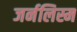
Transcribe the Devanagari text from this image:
जर्नलिस्म